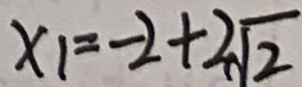
x _ { 1 } = - 2 + 2 \sqrt { 2 }